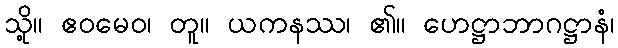
သို့။ ဧဝမေဝ၊ တူ။ ယကနဿ၊ ၏။ ဟေဋ္ဌာဘာဂဋ္ဌာနံ၊